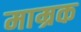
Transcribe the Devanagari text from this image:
माम्रक